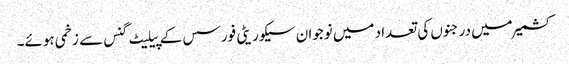
کشمیر میں درجنوں کی تعداد میں نوجوان سیکوریٹی فورسس کے پیلیٹ گنس سے زخمی ہوئے۔